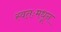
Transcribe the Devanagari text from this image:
स्वतःमधून